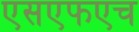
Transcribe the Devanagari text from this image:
एसएफएच